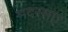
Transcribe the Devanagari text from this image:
मदरसए